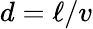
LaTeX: d=\ell/v